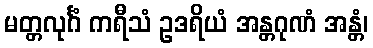
မတ္တလုင်္ဂံ ကရီသံ ဥဒရိယံ အန္တဂုဏံ အန္တံ၊